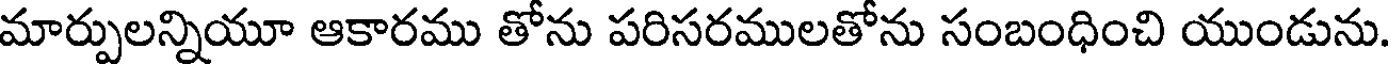
మార్పులన్నియూ ఆకారము తోను పరిసరములతోను సంబంధించి యుండును